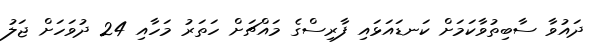
ދައުވާ ސާބިތުވާކަމަށް ކަނޑައަޅައި ފާރިސްގެ މައްޗަށް ހަތަރު މަހާއި 24 ދުވަހަށް ޖަލު